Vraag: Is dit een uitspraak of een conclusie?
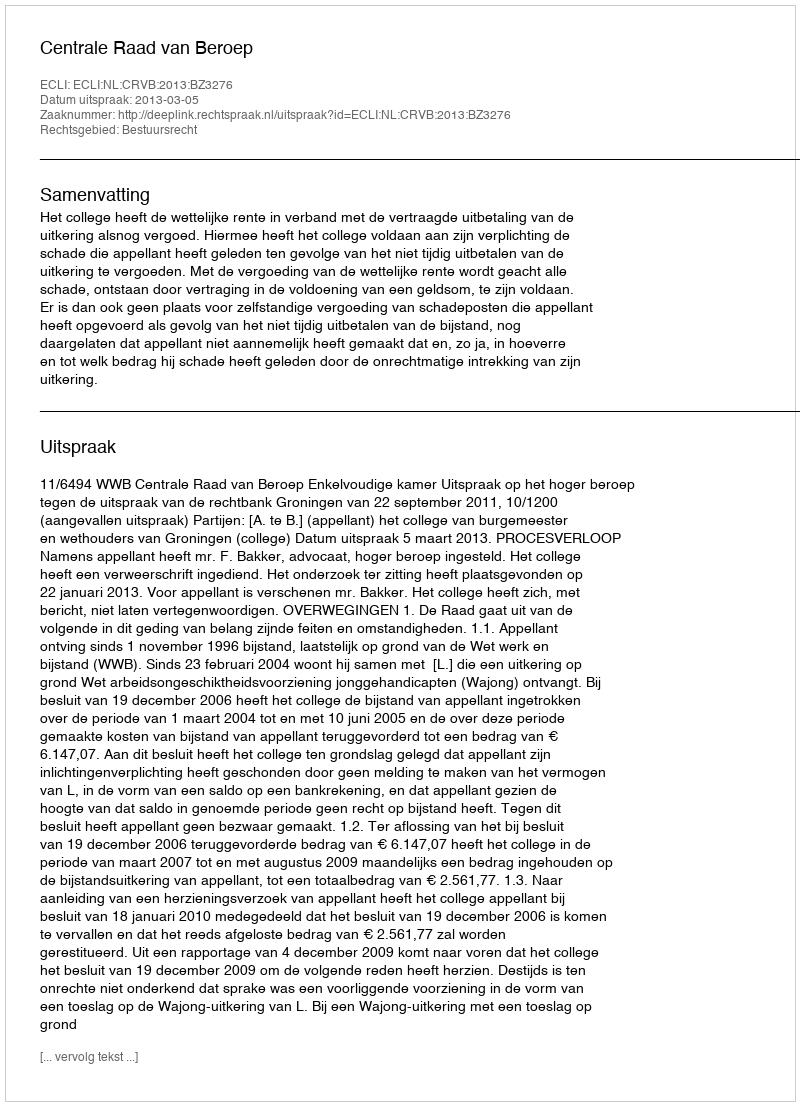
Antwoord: Uitspraak